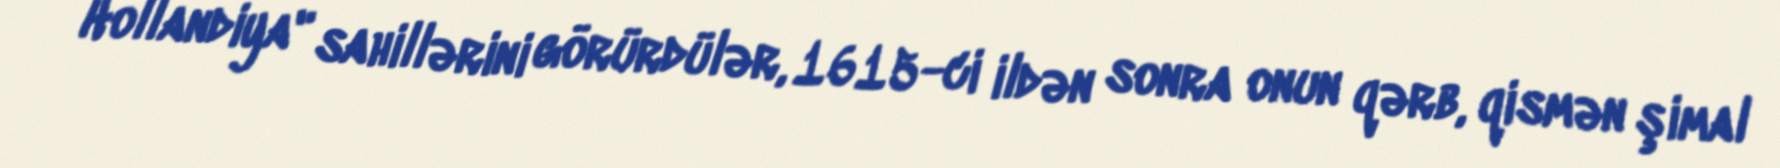
Hollandiya" sahillərini görürdülər, 1615-ci ildən sonra onun qərb, qismən şimal